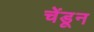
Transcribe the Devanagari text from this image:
चेंडून